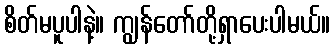
စိတ်မပူပါနဲ့။ ကျွန်တော်တို့ရှာပေးပါမယ်။